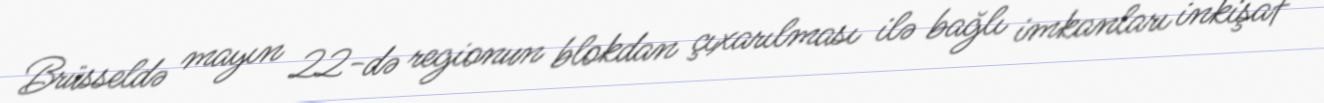
Brüsseldə mayın 22-də regionun blokdan çıxarılması ilə bağlı imkanları inkişaf